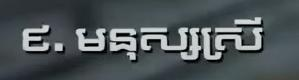
៩. មនុស្សស្រី